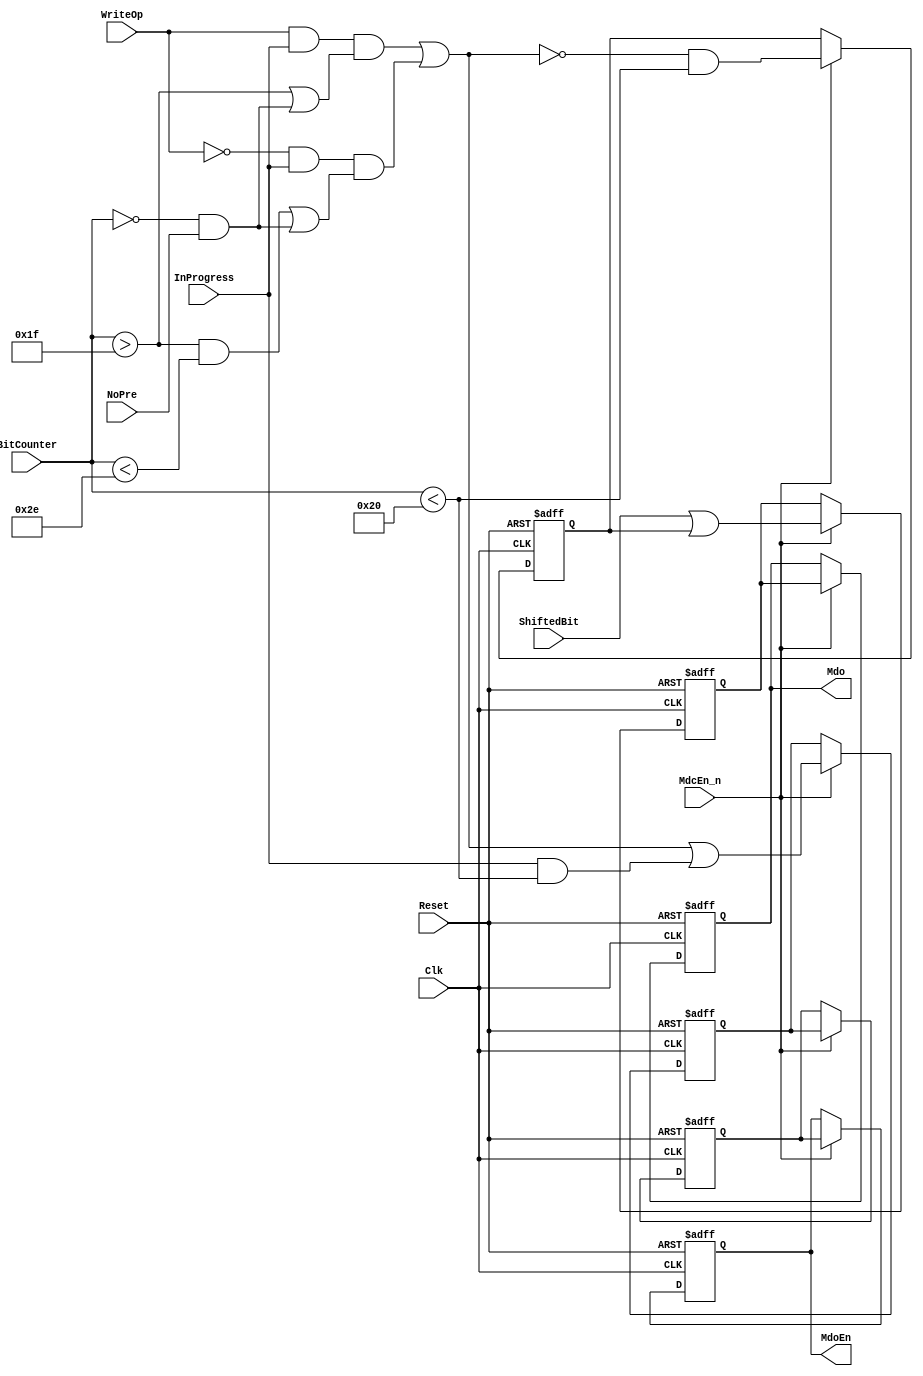
module eth_outputcontrol_1(Clk, Reset, InProgress, ShiftedBit, BitCounter, WriteOp, NoPre, MdcEn_n, Mdo, MdoEn);
parameter Tp = 1;
input         Clk;                
input         Reset;              
input         WriteOp;            
input         NoPre;              
input         InProgress;         
input         ShiftedBit;         
input   [6:0] BitCounter;         
input         MdcEn_n;            
output        Mdo;                
output        MdoEn;              
wire          SerialEn;
reg           MdoEn_2d;
reg           MdoEn_d;
reg           MdoEn;
reg           Mdo_2d;
reg           Mdo_d;
reg           Mdo;                
assign SerialEn =  WriteOp & InProgress & ( BitCounter>31 | ( ( BitCounter == 0 ) & NoPre ) )
                | ~WriteOp & InProgress & (( BitCounter>31 & BitCounter<46 ) | ( ( BitCounter == 0 ) & NoPre ));
always @ (posedge Clk or posedge Reset)
begin
  if(Reset)
    begin
      MdoEn_2d <= #Tp 1'b0;
      MdoEn_d <= #Tp 1'b0;
      MdoEn <= #Tp 1'b0;
    end
  else
    begin
      if(MdcEn_n)
        begin
          MdoEn_2d <= #Tp SerialEn | InProgress & BitCounter<32;
          MdoEn_d <= #Tp MdoEn_2d;
          MdoEn <= #Tp MdoEn_d;
        end
    end
end
always @ (posedge Clk or posedge Reset)
begin
  if(Reset)
    begin
      Mdo_2d <= #Tp 1'b0;
      Mdo_d <= #Tp 1'b0;
      Mdo <= #Tp 1'b0;
    end
  else
    begin
      if(MdcEn_n)
        begin
          Mdo_2d <= #Tp ~SerialEn & BitCounter<32;
          Mdo_d <= #Tp ShiftedBit | Mdo_2d;
          Mdo <= #Tp Mdo_d;
        end
    end
end
endmodule